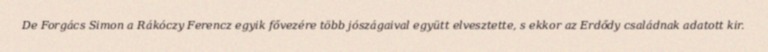
De Forgács Simon a Rákóczy Ferencz egyik fővezére több jószágaival együtt elvesztette, s ekkor az Erdődy családnak adatott kir.